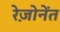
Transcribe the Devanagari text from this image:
रेज़ोनेंत